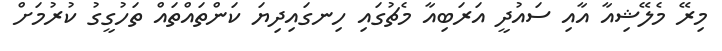
މިރޭ މެލޭޝިއާ އާއި ސައުދީ އަރަބިއާ މެޗުގައި ހިނގައިދިިޔަ ކަންތައްތައް ތަހުގީގު ކުރުމަށް